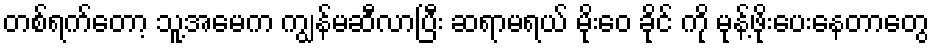
တစ်ရက်တော့ သူ့အမေက ကျွန်မဆီလာပြီး ဆရာမရယ် မိုးဝေ ခိုင် ကို မုန့်ဖိုးပေးနေတာတွေ